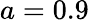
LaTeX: a=0.9